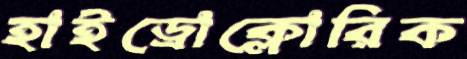
হাইড্রোক্লোরিক